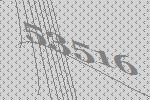
53516